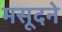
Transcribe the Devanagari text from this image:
मसूदने